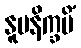
နူပနိက္ခမိံ